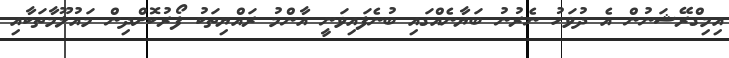
އިމިގްރޭޝަނުން އެ ދުވަހު ނެރުނު ބަޔާނެއްގައި ބުނެފައިވަނީ އާންމު ރައްޔިތަކު ފޯރުކޮށްދިން މައުލޫމާތަކާއި